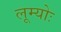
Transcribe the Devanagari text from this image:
लूम्योः